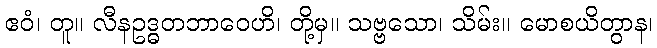
ဧဝံ၊ တူ။ လီနဥဒ္ဓတဘာဝေဟိ၊ တို့မှ။ သဗ္ဗသော၊ သိမ်း။ မောစယိတွာန၊